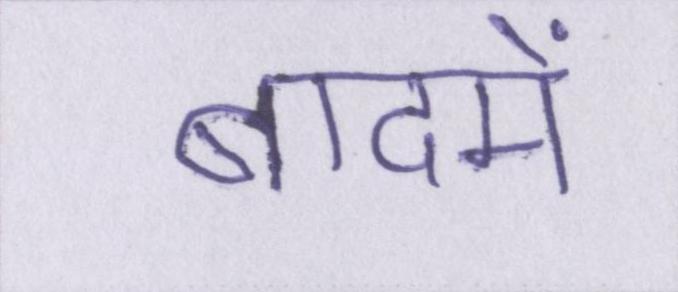
बादमें